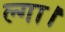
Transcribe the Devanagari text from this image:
ल्गा।